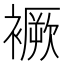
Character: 䙠